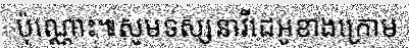
ប៉ុណ្ណោះ៕សូមទស្សនាវីដេអូខាងក្រោម